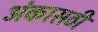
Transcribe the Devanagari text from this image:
अंकासठी